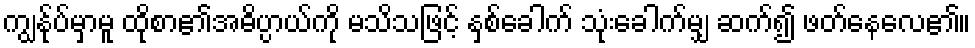
ကျွန်ုပ်မှာမူ ထိုစာ၏အဓိပ္ပာယ်ကို မသိသဖြင့် နှစ်ခေါက် သုံးခေါက်မျှ ဆက်၍ ဖတ်နေလေ၏။